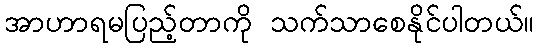
အာဟာရမပြည့်တာကို သက်သာစေနိုင်ပါတယ်။